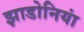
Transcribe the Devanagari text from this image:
झाडोनियां